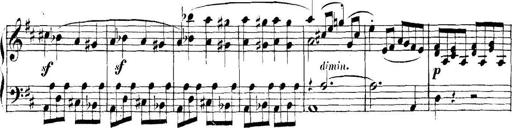
Title: Collected Piano Sonatas
Composer: Muzio Clementi